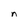
Character: n